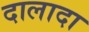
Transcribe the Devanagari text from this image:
दालादा